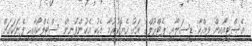
އެސްޓީއޯއިން ވިއްކާ ޑީސަލާއި ޕެޓްރޯލްގެ އަގު ހެޔޮކުރުމާ އެކު އެކުންފުނިން ސްޓެލްކޯއާއި ފެނަކައަށް